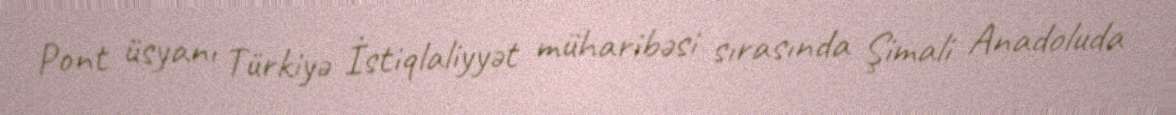
Pont üsyanı Türkiyə İstiqlaliyyət müharibəsi sırasında Şimali Anadoluda